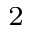
_ 2